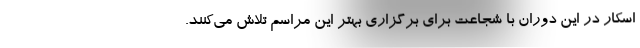
اسکار در این دوران با شجاعت برای برگزاری بهتر این مراسم تلاش می‌کنند.